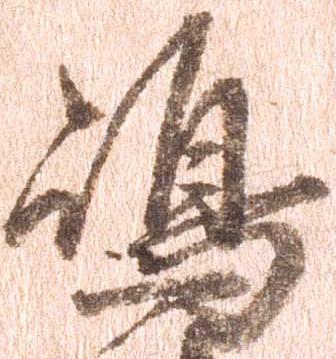
嶋